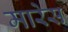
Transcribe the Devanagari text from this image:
मारेस